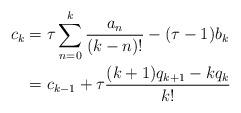
LaTeX: \begin{align*}c_{k} &= \tau \sum_{n=0}^{k} \frac{a_{n}}{(k-n)!} - (\tau-1)b_k \\&= c_{k-1} + \tau\frac{(k+1)q_{k+1}-kq_k}{k!}\end{align*}